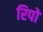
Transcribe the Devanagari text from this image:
रिपो